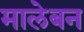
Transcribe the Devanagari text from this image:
मालेबन